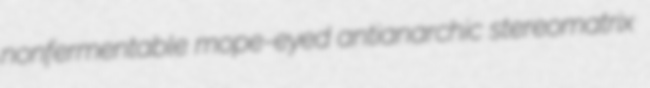
nonfermentable mope-eyed antianarchic stereomatrix